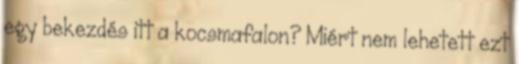
egy bekezdés itt a kocsmafalon? Miért nem lehetett ezt